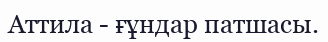
Аттила - ғұндар патшасы.